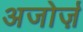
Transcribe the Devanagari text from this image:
अजोर्ज़